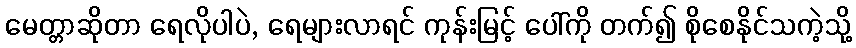
မေတ္တာဆိုတာ ရေလိုပါပဲ, ရေများလာရင် ကုန်းမြင့် ပေါ်ကို တက်၍ စိုစေနိုင်သကဲ့သို့